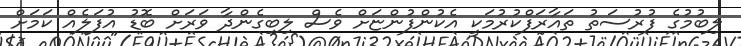
ލިބުމުގެ ފުރުސަތު ތައާރަފްކުރުމަކީ އެކުންފުންޏަށް ވެސް ލިބިގެންދާ ވަރަށް ބޮޑު އުފަލެއް ކަމަށް